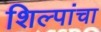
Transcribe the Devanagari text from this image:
शिल्पांचा